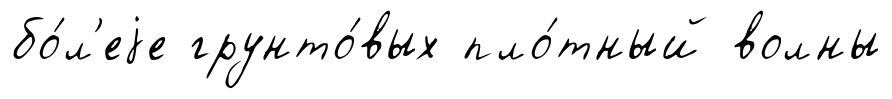
бо́л'еjе грунто́вых пло́тный волны